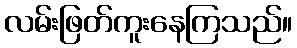
လမ်းဖြတ်ကူးနေကြသည်။